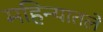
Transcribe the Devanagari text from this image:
महिन्यातले